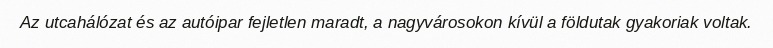
Az utcahálózat és az autóipar fejletlen maradt, a nagyvárosokon kívül a földutak gyakoriak voltak.